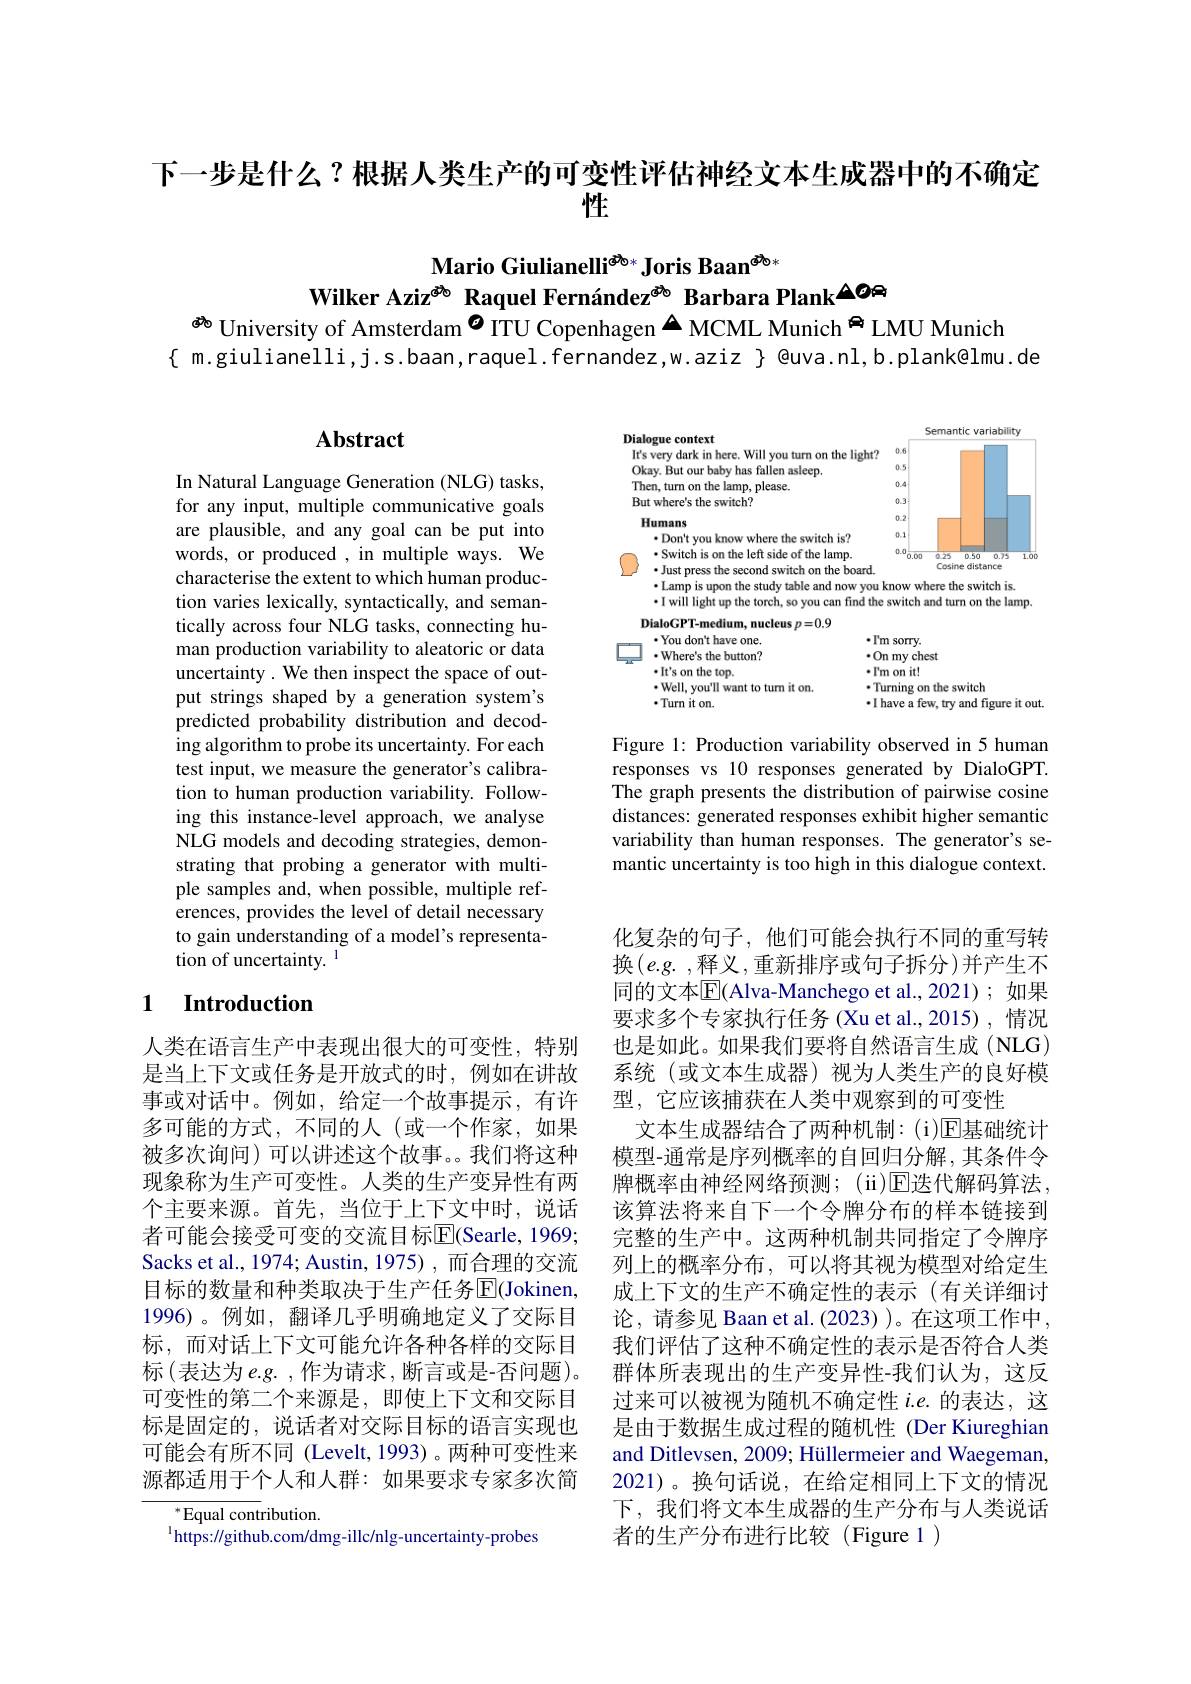
下一步是什么？根据人类生产的可变性评估神经文本生成器中的不确定
性

Mario Giulianelli$^{\textcircled{\Phi}_{0*}}$ Joris Baan$^{\textcircled{\Phi}_{0*}}$
Wilker Aziz$^\mathrm{\Phi\delta}$ Raquel Fernández$^\mathrm{\Phi\delta}$ Barbara Plank$^{\Delta O\oplus}$
磅 University of Amsterdam$^{\textcircled{O}}$ ITU Copenhagen▲MCML Munich$^{\textcircled{\mathrm{m}}}$LMU Munich

{ m.giulianelli,j.s.baan,raquel.fernandez,w.aziz} @ uva. nl, b. plank@ lmu. de

## $\mathbf{Abstract}$

In Natural Language Generation (NLG) tasks, for any input, multiple communicative goals are plausible, and any goal can be put into words, or produced , in multiple ways. We characterise the extent to which human production varies lexically, syntactically, and semantically across four NLG tasks, connecting human production variability to aleatoric or data uncertainty . We then inspect the space of output strings shaped by a generation system's predicted probability distribution and decoding algorithm to probe its uncertainty. For each test input, we measure the generator's calibration to human production variability. Following this instance-level approach, we analyse NLG models and decoding strategies, demonstrating that probing a generator with multiple samples and, when possible, multiple references, provides the level of detail necessary to gain understanding of a model's representation of uncertainty.

## 1 Introduction

人类在语言生产中表现出很大的可变性，特别是当上下文或任务是开放式的时，例如在讲故事或对话中。例如，给定一个故事提示，有许多可能的方式，不同的人(或一个作家，如果被多次询问)可以讲述这个故事。我们将这种现象称为生产可变性。人类的生产变异性有两个主要来源。首先，当位于上下文中时，说话者可能会接受可变的交流目标$\overline{\mathrm{E}}($Searle, 1969; Sacks et al., 1974; Austin, 1975) , 而合理的交流目标的数量和种类取决于生产任务$\overline{\mathrm{E}}($Jokinen, 1996)。例如，翻译几乎明确地定义了交际目标，而对话上下文可能允许各种各样的交际目标$\left(\text{表达为 e.g. , 作为请求 },\text{断言或是-否问题}\right)$。可变性的第二个来源是，即使上下文和交际目标是固定的，说话者对交际目标的语言实现也可能会有所不同 (Levelt,1993)。两种可变性来源都适用于个人和人群：如果要求专家多次简

$^{* }$Equal contribution.
$^{1}$https://github.com/dmg-illc/nlg-uncertainty-probes

<FigureHere>

Figure 1: Production variability observed in 5 human responses vs 10 responses generated by DialoGPT. The graph presents the distribution of pairwise cosine distances: generated responses exhibit higher semantic variability than human responses. The generator's semantic uncertainty is too high in this dialogue context.

化复杂的句子，他们可能会执行不同的重写转换$(e.g.$,释义，重新排序或句子拆分)并产生不同的文本$\overline{\mathrm{E}}$(Alva-Manchego et al.,2021); 如果要求多个专家执行任务 (Xu et al.,2015), 情况也是如此。如果我们要将自然语言生成 (NLG) 系统(或文本生成器)视为人类生产的良好模型，它应该捕获在人类中观察到的可变性
文本生成器结合了两种机制：(i)回基础统计模型-通常是序列概率的自回归分解，其条件令牌概率由神经网络预测；(ii)E迭代解码算法， 该算法将来自下一个令牌分布的样本链接到完整的生产中。这两种机制共同指定了令牌序列上的概率分布，可以将其视为模型对给定生成上下文的生产不确定性的表示(有关详细讨论，请参见 Baan et al. (2023) )。在这项工作中， 我们评估了这种不确定性的表示是否符合人类群体所表现出的生产变异性-我们认为，这反过来可以被视为随机不确定性$i.e.$的表达，这是由于数据生成过程的随机性 (Der Kiureghian and Ditlevsen, 2009; Hüllermeier and Waegeman, 2021)。换句话说，在给定相同上下文的情况下，我们将文本生成器的生产分布与人类说话者的生产分布进行比较(Figure 1)